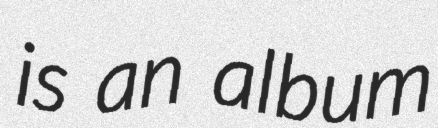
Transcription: is an album